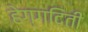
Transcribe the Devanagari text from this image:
हेग्गदिती